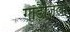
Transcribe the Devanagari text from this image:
गॉड़ज़िला